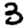
Digit: 3